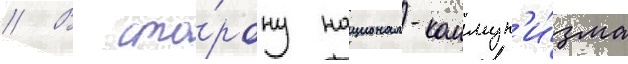
// В сто́рону национал-коммун'и́зма